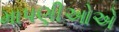
માપણીઓએ